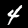
Label: 4